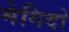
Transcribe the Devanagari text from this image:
मेगिदो